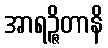
အာရဉ္ဇိတာနိ